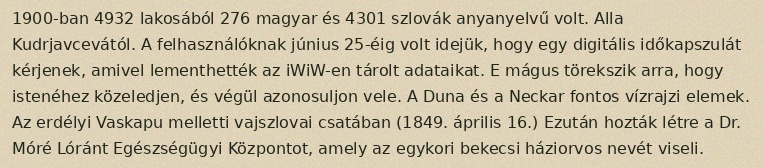
1900-ban 4932 lakosából 276 magyar és 4301 szlovák anyanyelvű volt. Alla Kudrjavcevától. A felhasználóknak június 25-éig volt idejük, hogy egy digitális időkapszulát kérjenek, amivel lementhették az iWiW-en tárolt adataikat. E mágus törekszik arra, hogy istenéhez közeledjen, és végül azonosuljon vele. A Duna és a Neckar fontos vízrajzi elemek. Az erdélyi Vaskapu melletti vajszlovai csatában (1849. április 16.) Ezután hozták létre a Dr. Móré Lóránt Egészségügyi Központot, amely az egykori bekecsi háziorvos nevét viseli.